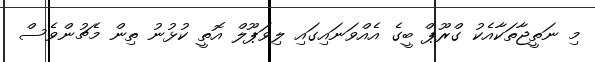
މި ނަތީޖާތަކާއެކު ގްރޫޕް ބީގެ އެއްވަނައިގައި ލިވަޕޫލް އޮތީ ކުޅުނު ތިން މެޗުންވެސް